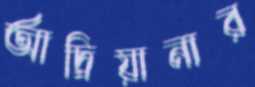
আদ্রিয়ানার